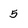
Character: 5